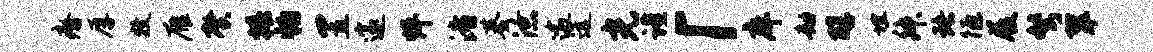
瘠厚牧雁馨椿怕置邃怦渚基潦逾远光谨「庠劫醇埋舛珞陋屐弩翠